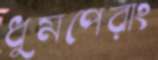
ধুমপেরাং